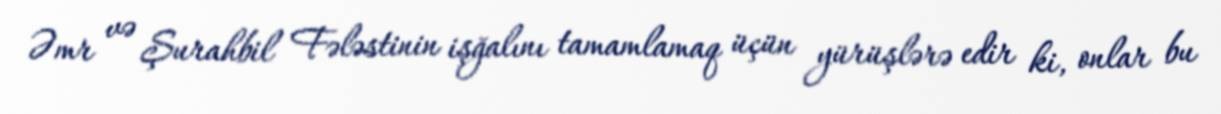
Əmr və Şurahbil Fələstinin işğalını tamamlamaq üçün yürüşlərə edir ki, onlar bu